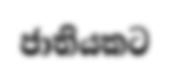
ජාතියකට